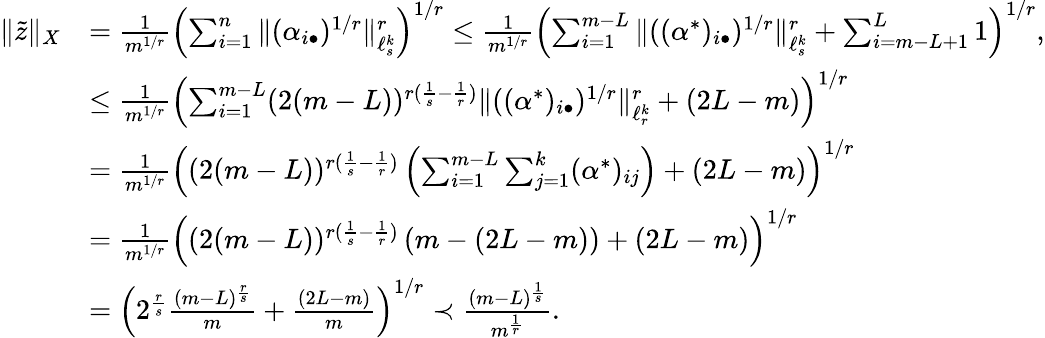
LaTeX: \begin{array}{rl}{\| \tilde{z}\| _{X}}&{=\frac 1{m^{1/r}}\left(\sum_{i=1}^{n}\| (\alpha_{i\bullet})^{1/r}\| _{\ell_{s}^{k}}^{r}\right)^{1/r}\le\frac 1{m^{1/r}}\left(\sum_{i=1}^{m-L}\| ((\alpha^{*})_{i\bullet})^{1/r}\| _{\ell_{s}^{k}}^{r}+\sum_{i=m-L+1}^{L}1\right)^{1/r},}\\ &{\le\frac 1{m^{1/r}}\left(\sum_{i=1}^{m-L}(2(m-L))^{r(\frac 1{s}-\frac 1{r})}\| ((\alpha^{*})_{i\bullet})^{1/r}\| _{\ell_{r}^{k}}^{r}+(2L-m)\right)^{1/r}}\\ &{=\frac 1{m^{1/r}}\left((2(m-L))^{r(\frac 1{s}-\frac 1{r})}\left(\sum_{i=1}^{m-L}\sum_{j=1}^{k}(\alpha^{*})_{ij}\right)+(2L-m)\right)^{1/r}}\\ &{=\frac 1{m^{1/r}}\left((2(m-L))^{r(\frac 1{s}-\frac 1{r})}\left(m-(2L-m)\right)+(2L-m)\right)^{1/r}}\\ &{=\left(2^{\frac{r}{s}}\frac{(m-L)^{\frac{r}{s}}}{m}+\frac{(2L-m)}{m}\right)^{1/r}\prec\frac{(m-L)^{\frac 1{s}}}{m^{\frac 1{r}}}.}\end{array}